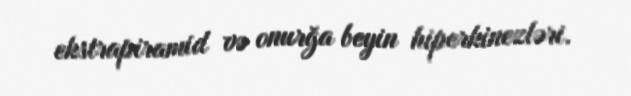
ekstrapiramid və onurğa beyin hiperkinezləri.